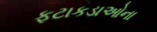
ફટાકડાઓના